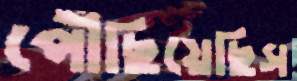
পৌঁছিয়েছিস